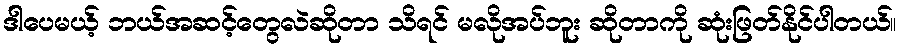
ဒါပေမယ့် ဘယ်အဆင့်တွေလဲဆိုတာ သိရင် မလိုအပ်ဘူး ဆိုတာကို ဆုံးဖြတ်နိုင်ပါတယ်။